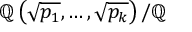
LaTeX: \mathbb { Q } \left( { \sqrt { p _ { 1 } } } , \ldots , { \sqrt { p _ { k } } } \right) / \mathbb { Q }